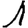
Digit: 1